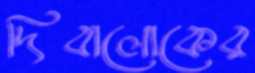
দিবালোকের